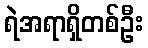
ရဲအရာရှိတစ်ဦး